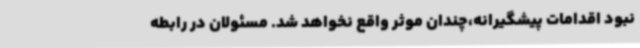
نبود اقدامات پیشگیرانه،چندان موثر واقع نخواهد شد. مسئولان در رابطه